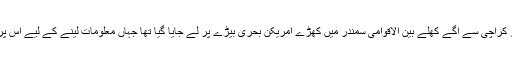
ہمیں پتا چلا کہ اس کو کراچی سے آگے کھلے بین الاقوامی سمندر میں کھڑے امریکن بحری بیڑے پر لے جایا گیا تھا جہاں معلومات لینے کے لیے اس پر بد ترین تشدد کیا گیا۔